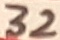
Text: 32